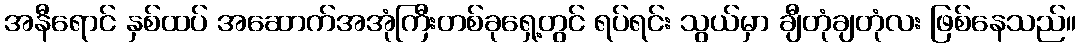
အနီရောင် နှစ်ထပ် အဆောက်အအုံကြီးတစ်ခုရှေ့တွင် ရပ်ရင်း သွယ်မှာ ချီတုံချတုံလး ဖြစ်နေသည်။